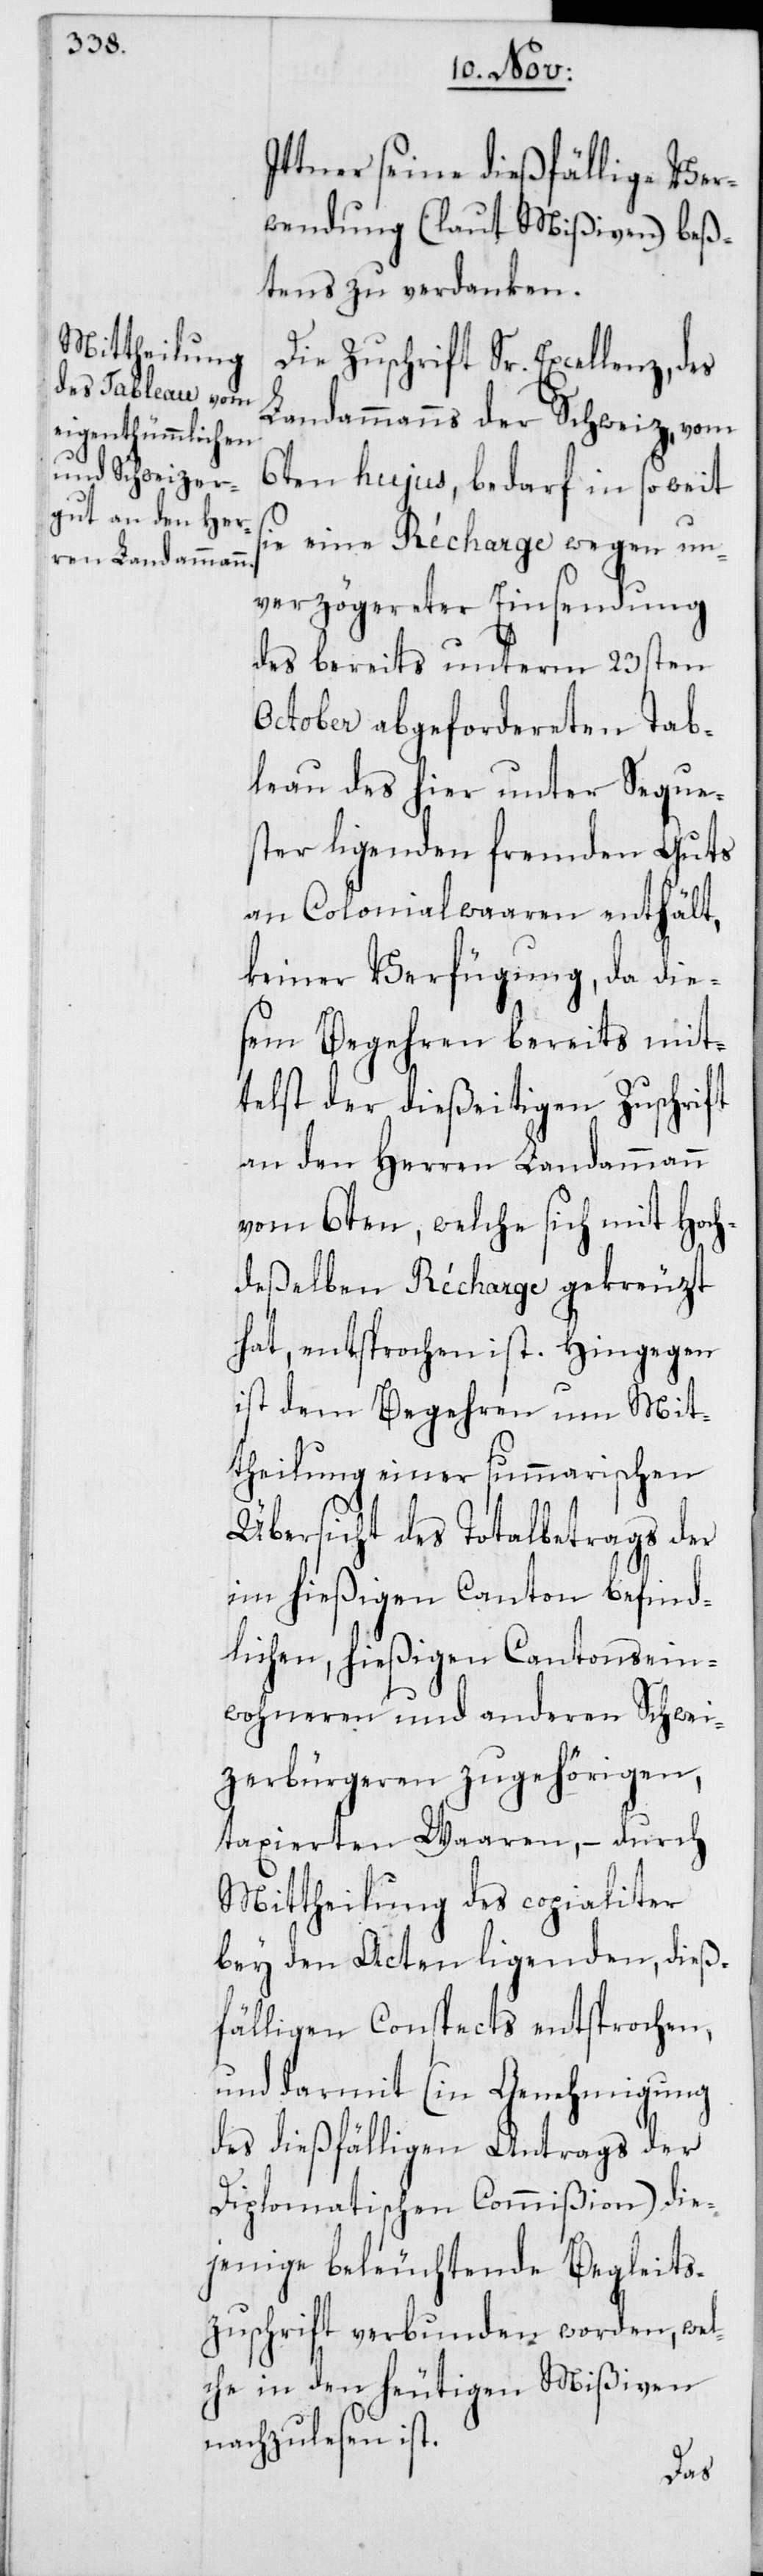
Ittner seine dießfällige Ver¬
wendung (laut Mißiven) beß¬
tens zu verdanken.
Die Zuschrift Sr. Excellenz,
Landammanns der Schweiz, vom
6ten hujus, bedarf in so weit
sie eine Récharge wegen un¬
verzögereter Einsendung
des bereits unterm 23sten
October abgefordereten Tab¬
leau des hier unter Seque¬
ster ligenden fremden Guts
an Colonialwaaren enthält,
keiner Verfügung, da die¬
sem Begehren bereits mit¬
telst der dießeitigen Zuschrift
an den Herren Landammann
vom 6ten, welche sich mit Hoch¬
deßelben Récharge gekreuzt
hat, entsprochen ist. Hingegen
ist dem Begehren um Mit¬
theilung einer summarischen
Übersicht des Totalbetrags der
im hießigen Canton befind¬
lichen, hießigen Cantonsein¬
wohneren und anderen Schwei¬
zerbürgeren zugehörigen,
taxierten Waaren, – durch
Mittheilung des copialiter
bey den Acten ligenden, dieß¬
fälligen Conspects entsprochen,
und darmit (in Genehmigung
des dießfälligen Antrags der
Diplomatischen Commißion) die¬
jenige beleuchtende Begleits¬
zuschrift verbunden worden, wel¬
che in den heutigen Mißiven
nachzulesen ist.